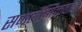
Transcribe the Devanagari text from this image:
समलैंगिकवाद